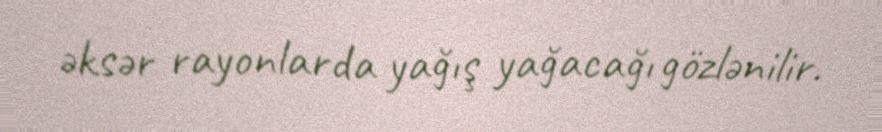
əksər rayonlarda yağış yağacağı gözlənilir.